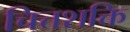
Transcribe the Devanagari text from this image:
चित्तशक्ति